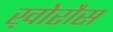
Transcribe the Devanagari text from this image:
ख़ोरौस